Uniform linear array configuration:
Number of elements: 4
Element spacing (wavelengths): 0.75
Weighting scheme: kaiser
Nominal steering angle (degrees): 45
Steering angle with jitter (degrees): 45.069
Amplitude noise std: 0.05
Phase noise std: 0.05

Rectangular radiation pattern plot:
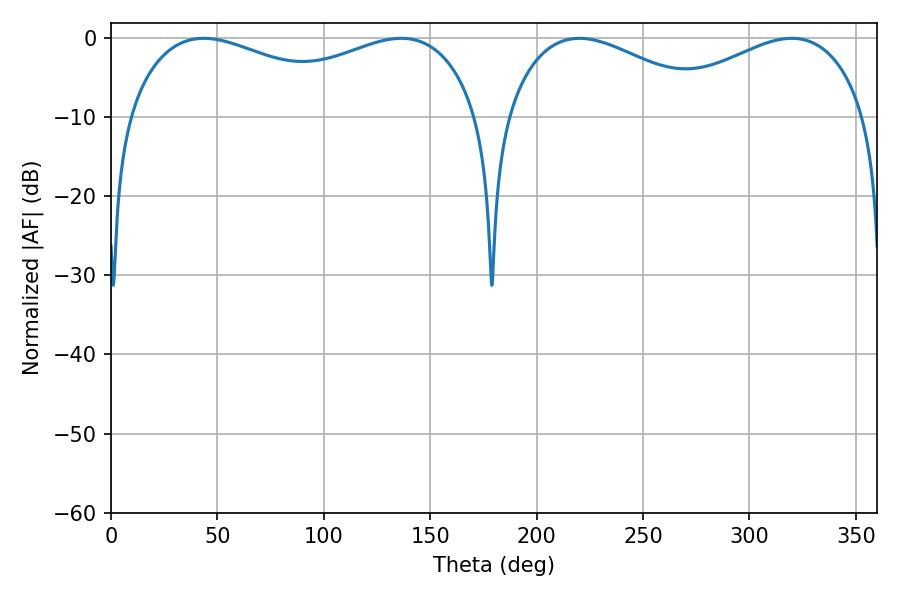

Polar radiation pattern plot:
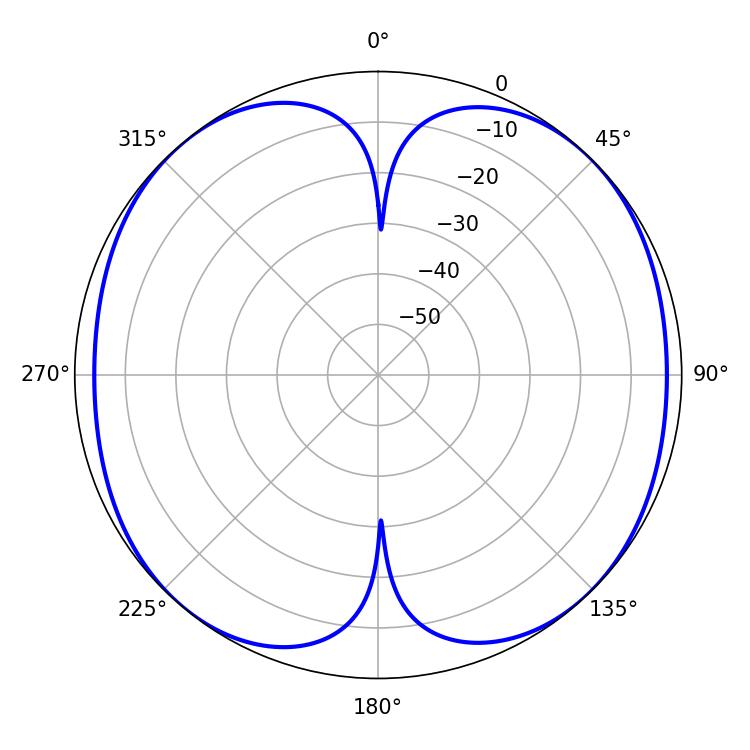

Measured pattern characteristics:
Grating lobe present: TRUE
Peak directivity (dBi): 13.278
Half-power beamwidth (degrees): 136.08
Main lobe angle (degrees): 43.56